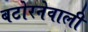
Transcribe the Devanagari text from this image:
बटोरनेवाली